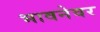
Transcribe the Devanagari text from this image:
भावनेवर